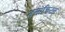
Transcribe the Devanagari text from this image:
डमोक्रिटस